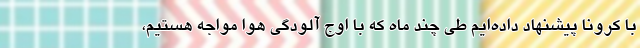
با کرونا پیشنهاد داده‌ایم طی چند ماه که با اوج آلودگی هوا مواجه هستیم،